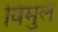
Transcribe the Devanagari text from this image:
विमुल